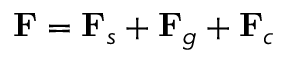
\mathbf { F } = \mathbf { F } _ { s } + \mathbf { F } _ { g } + \mathbf { F } _ { c }